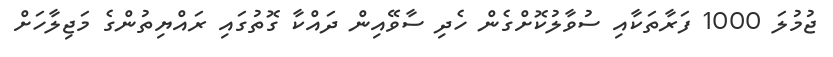
ޖުމުލަ 1000 ފަރާތަކާއި ސުވާލުކޮށްގެން ހެދި ސާވޭއިން ދައްކާ ގޮތުގައި ރައްޔިތުންގެ މަޖިލާހަށް